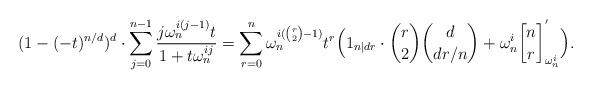
LaTeX: \begin{align*}(1-(-t)^{n/d})^d \cdot \sum_{j=0}^{n-1} \frac{j\omega_n^{i(j-1)}t}{1+t\omega_n^{ij}} = \sum_{r=0}^{n} \omega_n^{i(\binom{r}{2}-1)} t^r \Big( 1_{n \mid dr} \cdot \binom{r}{2} \binom{d}{dr/n} +\omega_n^i {n \brack r}^{'}_{\omega_n^i} \Big).\end{align*}